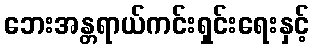
ဘေးအန္တရာယ်ကင်းရှင်းရေးနှင့်